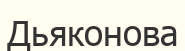
Дьяконова